Jaan_Tonisson_(Lasteleht), lk 167
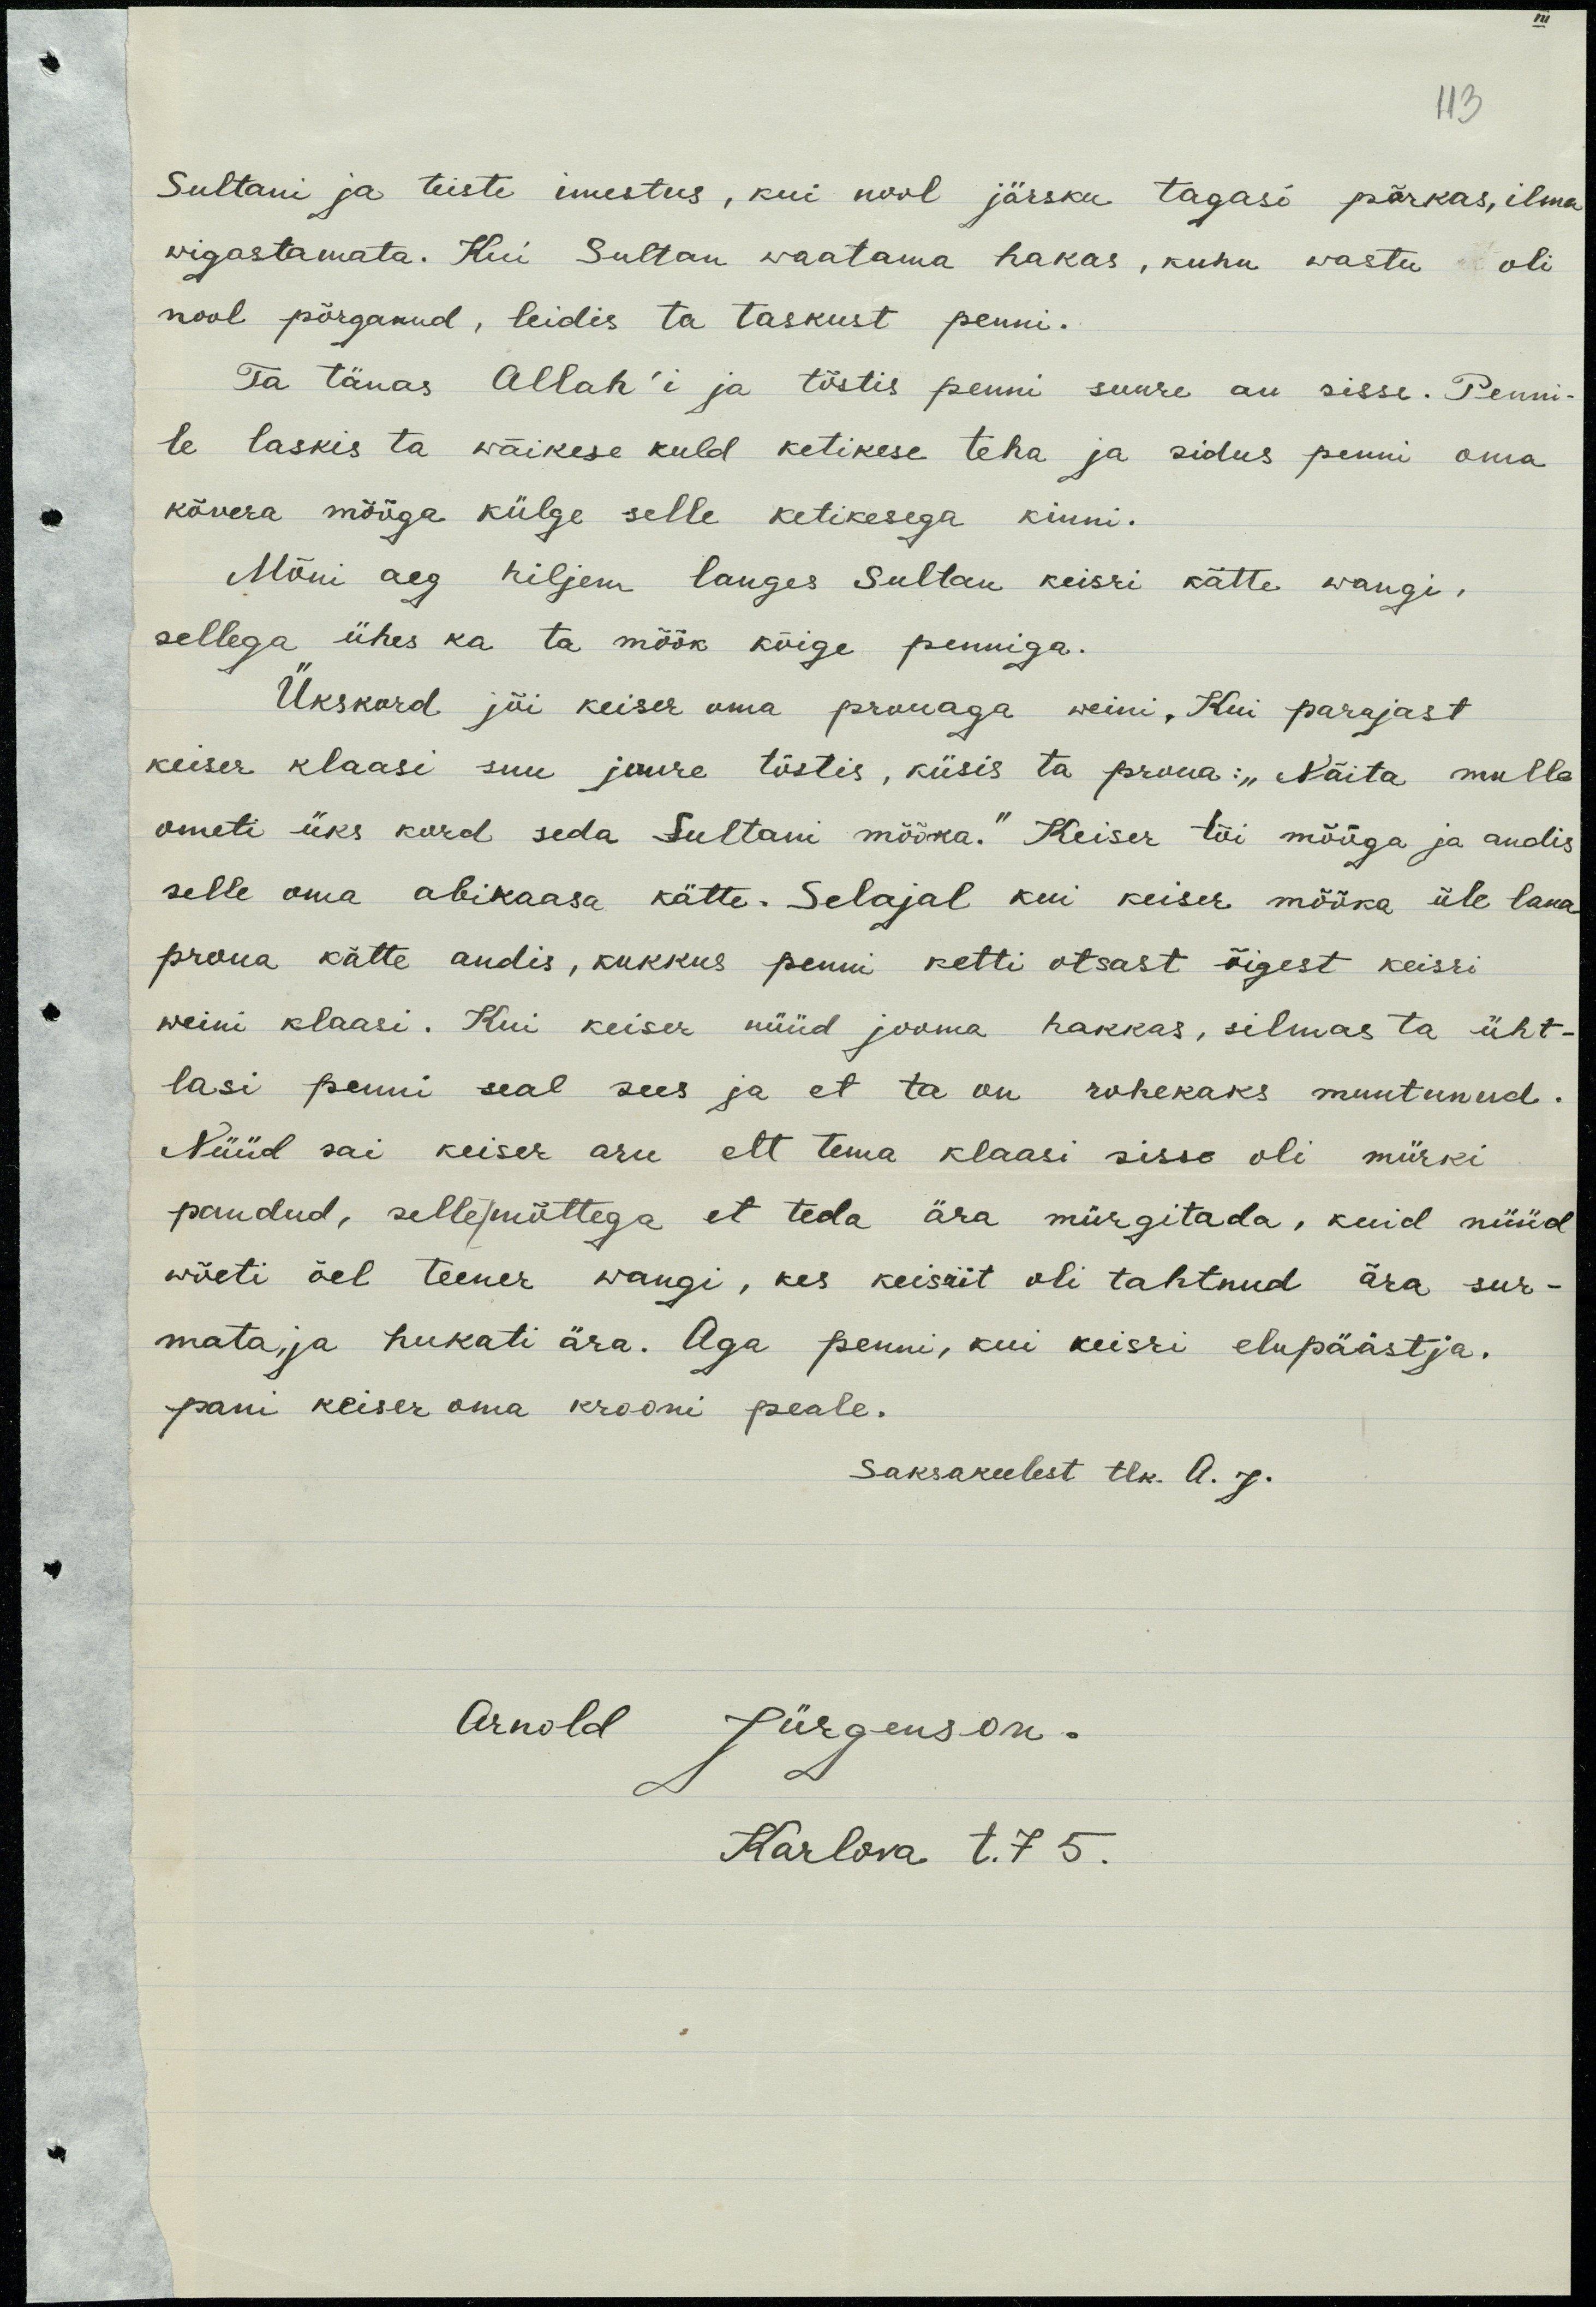
113
Sultani ja teiste imestus, kui nool järsku tagasi põrkas, ilma
wigastamata. Kui Sultan waatama hakas, kuhu wastu oli
nool põrganud, leidis ta taskust penni.
Ta tänas Allah'i ja tõstis penni suure au sisse. Penni-
le laskis ta wäikse kuld ketikese teha ja sidus penni oma
kõvera mõõga kürge selle ketikesega kinni.
Mõni aeg hiljem langes Sultan keisri kätte wangi,
sellega ühes ka ta mõõk kõige penniga.
Ükskord jõi keiser oma prouaga weini, Kui parajast
keiser klaasi suu juurde tõstis, küsis ta proua: "Näita mulle
ometi üks kord seda Sultani mõõka." Keiser tõi mõõga ja andis
selle oma abikaasa kätte. Selajal kui keiser mõõka üle laua
proua kätte andis, kukkus penni ketti otsast õigest keisri
weini klaasi. Kui keiser nüüd jooma hakkas, silms ta üht-
lasi penni seal sees ja et ta on rohekaks muutunud.
Nüüd sai keiser aru ett tema klaasi sisse oli mürki
pandud, sellemõttega et teda ära mürgitada, kuid nüüd
wõeti õel teener wangi, kes keisrit oli tahnud ära sur-
mata, ja hukati ära. Aga penni, kui keisri elupäästja,
pani keiser oma krooni peale.
Saksakeelest tlk. A. J.
Arnold Jürgenson.
Karlova t. 7 5.